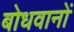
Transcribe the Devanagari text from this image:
बोधवानों